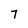
Character: 7